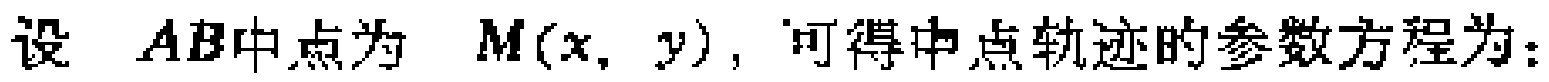
设 \(AB\)中点为 \(M(x,y)\)，可得中点轨迹的参数方程为：